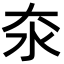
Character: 𪵪